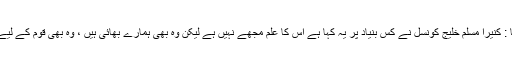
جناب مزمل قاضیا : کنیرا مسلم خلیج کونسل نے کس بنیاد پر یہ کہا ہے اس کا علم مجھے نہیں ہے لیکن وہ بھی ہمارے بھائی ہیں ، وہ بھی قوم کے لیے کام کررہے ہیں ۔